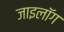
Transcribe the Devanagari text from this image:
जाइलॉग